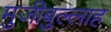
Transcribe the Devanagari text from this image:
मुजीबुल्लाह